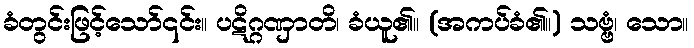
ခံတွင်းဖြင့်သော်၎င်း။ ပဋိဂ္ဂဏှာတိ၊ ခံယူ၏။ (အကပ်ခံ၏။) သဗ္ဗံ၊ သော။